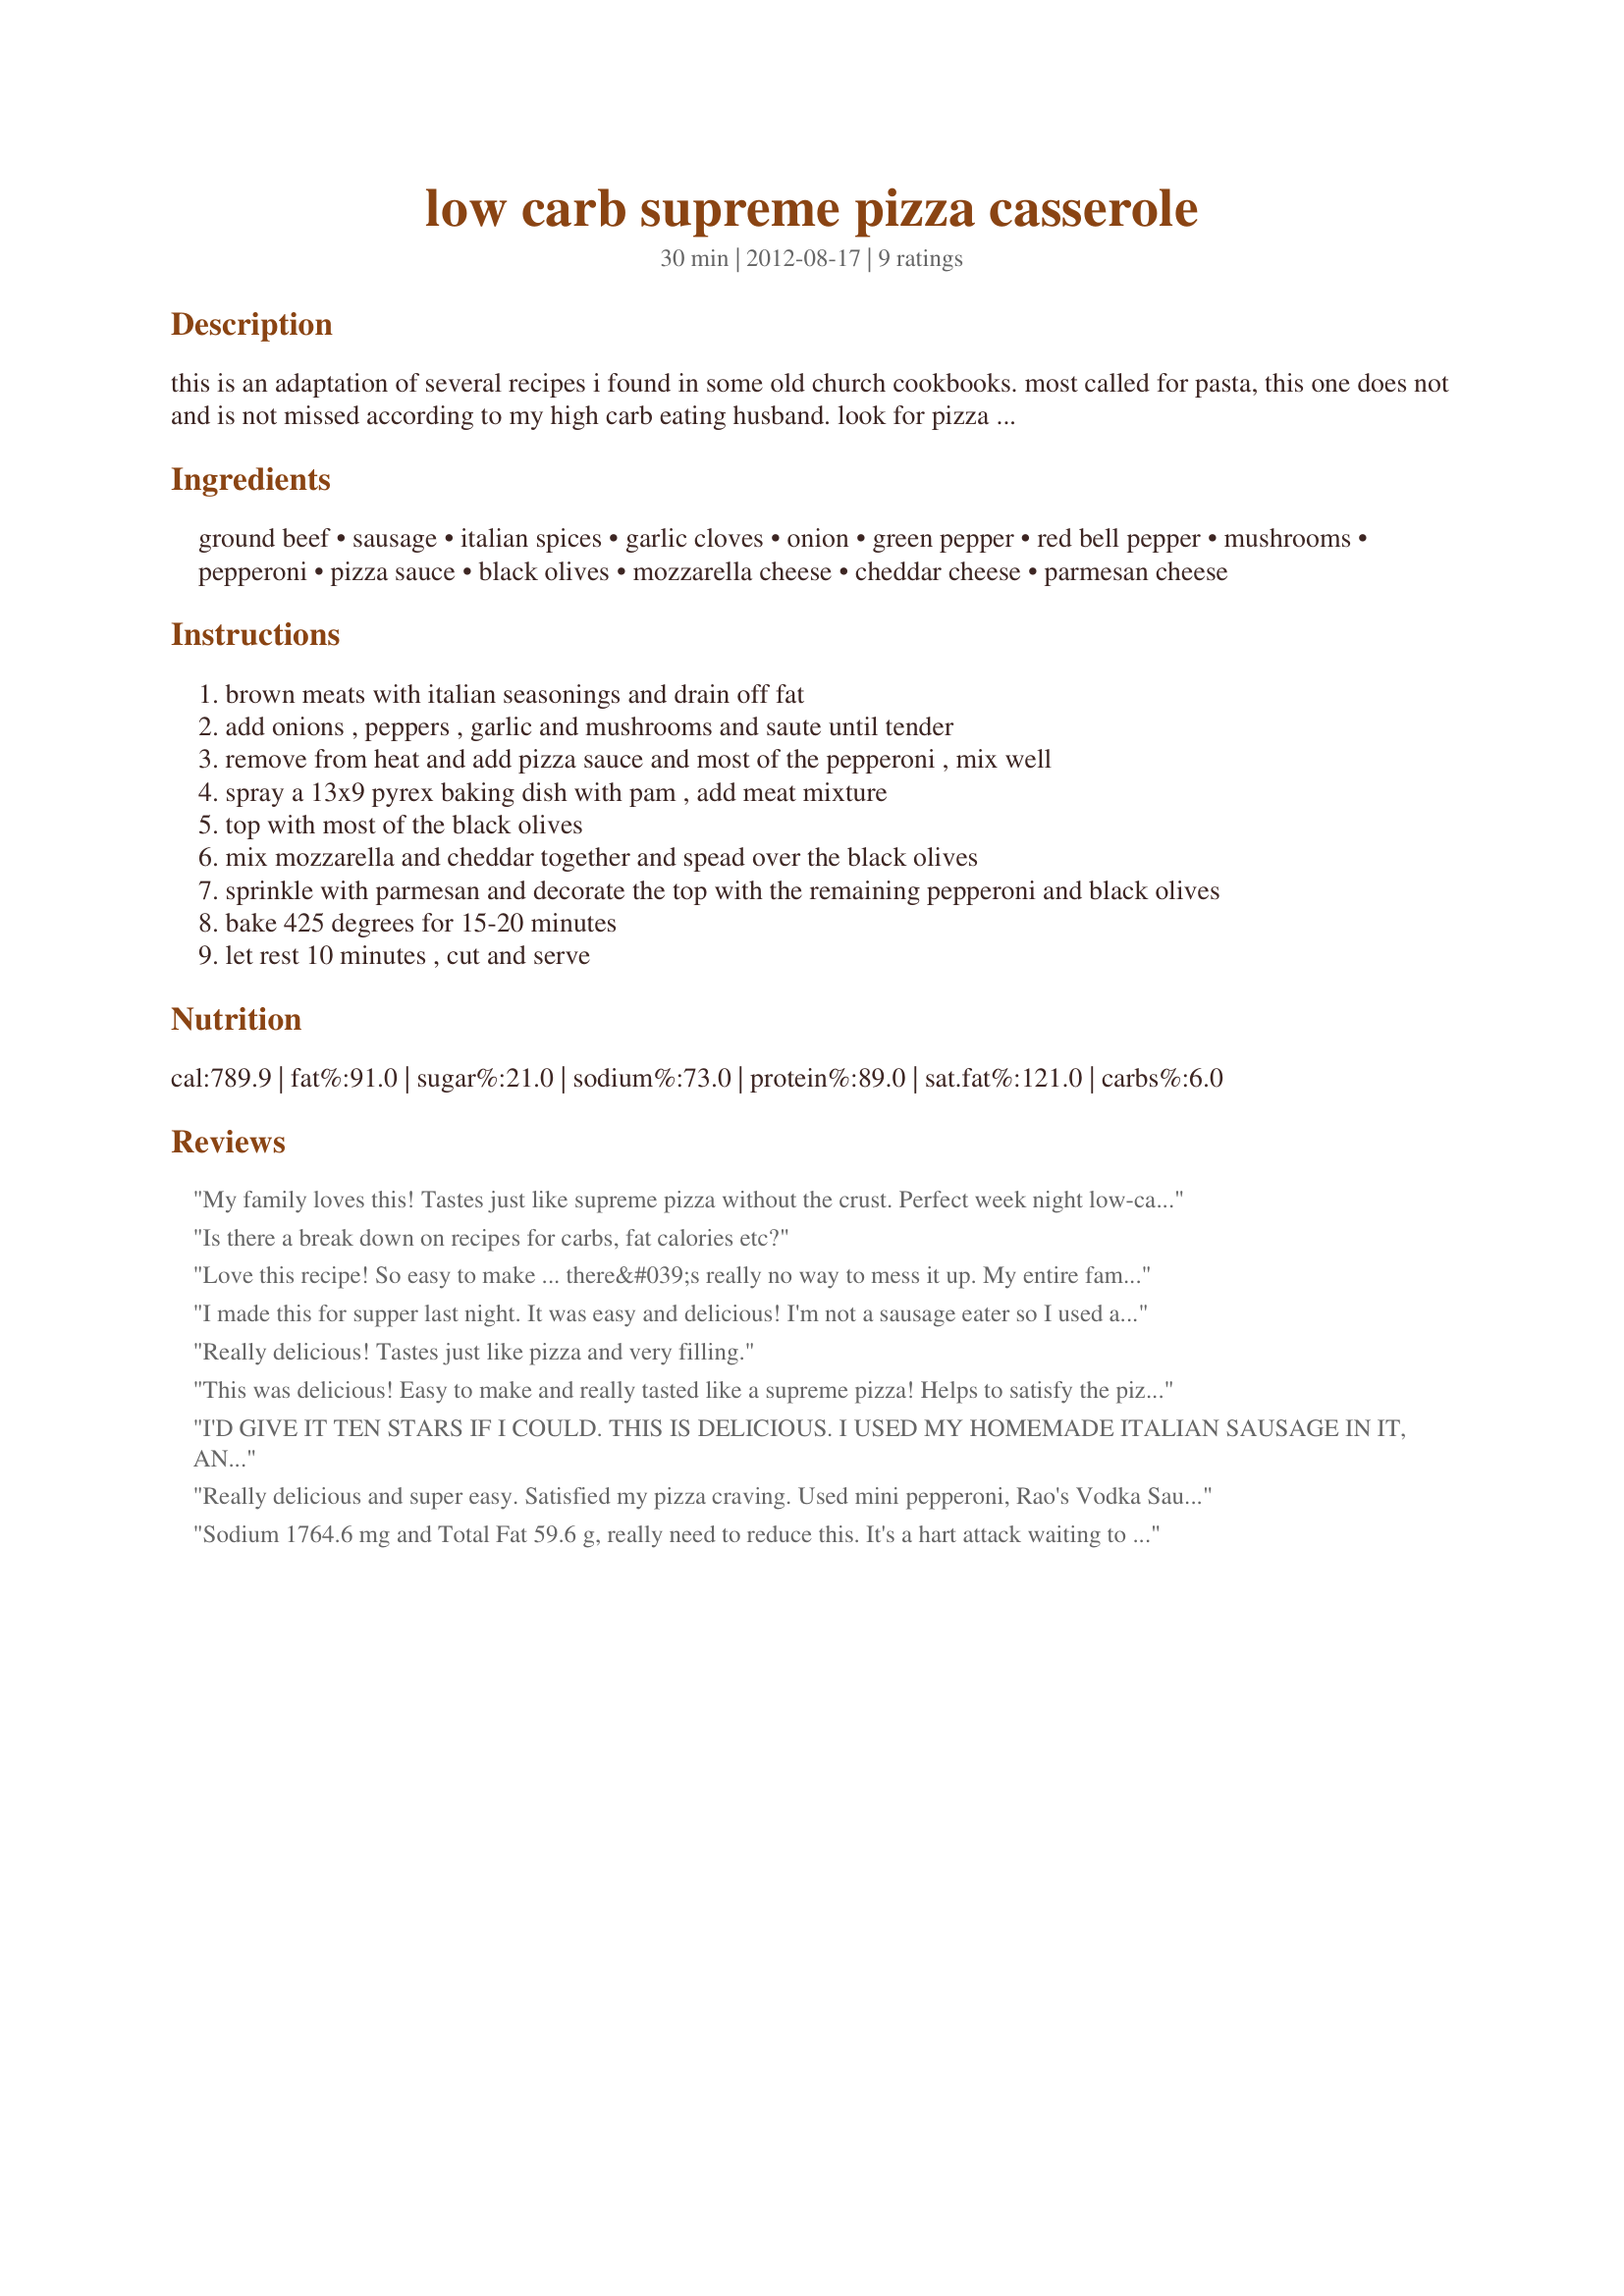
low carb supreme pizza casserole
Preparation time: 30 minutes

this is an adaptation of several recipes i found in some old church cookbooks. most called for pasta, this one does not and is not missed according to my high carb eating husband. look for pizza sauce that has no added sugars and one that is lowest in carb counts.

Ingredients:
ground beef, sausage, italian spices, garlic cloves, onion, green pepper, red bell pepper, mushrooms, pepperoni, pizza sauce, black olives, mozzarella cheese, cheddar cheese, parmesan cheese

Steps:
brown meats with italian seasonings and drain off fat
add onions , peppers , garlic and mushrooms and saute until tender
remove from heat and add pizza sauce and most of the pepperoni , mix well
spray a 13x9 pyrex baking dish with pam , add meat mixture
top with most of the black olives
mix mozzarella and cheddar together and spead over the black olives
sprinkle with parmesan and decorate the top with the remaining pepperoni and black olives
bake 425 degrees for 15-20 minutes
let rest 10 minutes , cut and serve

Reviews:
My family loves this! Tastes just like supreme pizza without the crust. Perfect week night low-carb dinner. Easy to make and also quick. We eat this at least twice a month!
Is there a break down on recipes for carbs, fat calories etc?
Love this recipe! So easy to make ... there&#039;s really no way to mess it up. My entire family, from my carb-watching husband to my incredibly picky son, loved it. I was even able to make this a little healthier by sneaking in some turkey Italian sausage (instead of the transitional pork) and no one was the wiser! My family was fighting over what little leftovers we had. This is a keeper for sure!
I made this for supper last night. It was easy and delicious! I'm not a sausage eater so I used all beef.
Really delicious! Tastes just like pizza and very filling.
This was delicious! Easy to make and really tasted like a supreme pizza! Helps to satisfy the pizza craving. I used hot Italian sausage out of the casing and 2-3 tsp. oregano. Served with a sprinkle of parmesan cheese and red pepper flakes. Always looking for yummy low carb casserole recipes-- this is a good one!
I'D GIVE IT TEN STARS IF I COULD. THIS IS DELICIOUS. I USED MY HOMEMADE ITALIAN SAUSAGE IN IT, ANY ONE THAT IS ON A LOW CARB DIET AND MISSES PIZZA SHOULD TRY THIS. THANKS FOR THE RECIPE, IT IS A KEEPER.
Really delicious and super easy. Satisfied my pizza craving. Used mini pepperoni, Rao's Vodka Sauce and purple onion like that Hut does? Definitely a go to dish!
Sodium 1764.6 mg and Total Fat 59.6 g, really need to reduce this. It's a hart attack waiting to happen. Just because you say Keto doesn't mean it is healthy.
